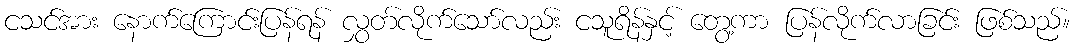
ငသင်အား နောက်ကြောင်းပြန်ရန် လွှတ်လိုက်သော်လည်း ငသူရိန်နှင့် တွေ့ကာ ပြန်လိုက်လာခြင်း ဖြစ်သည်။